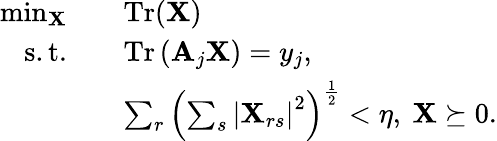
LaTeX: \begin{array}{rl}{\operatorname*{min}_{\mathbf{X}}\quad}&{\operatorname{Tr}(\mathbf{X})}\\ {\mathrm{s.t.}\quad}&{\operatorname{Tr}\left(\mathbf{A}_{j}\mathbf{X}\right)=y_{j},}\\ &{\sum_{r}\left(\sum_{s}\left|\mathbf{X}_{rs}\right|^{2}\right)^{\frac{1}{2}}<\eta,~\mathbf{X}\succeq 0.}\end{array}